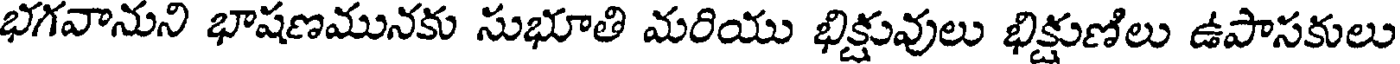
భగవానుని భాషణమునకు సుభూతి మరియు భిక్షువులు భిక్షుణిలు ఉపాసకులు